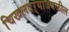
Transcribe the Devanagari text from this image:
चिखलदऱ्याजवळील